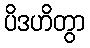
ပိဒဟိတွာ